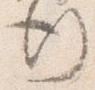
行